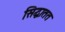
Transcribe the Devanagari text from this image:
सिद्धातत